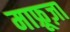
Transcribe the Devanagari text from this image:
माफ्रूज़ा